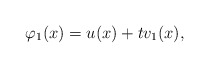
\begin{align*}\varphi_1(x)=u(x)+tv_1 (x), \end{align*}